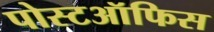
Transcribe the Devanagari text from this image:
पोस्टऑफिस